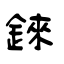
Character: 錸